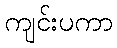
ကျင်းပကာ